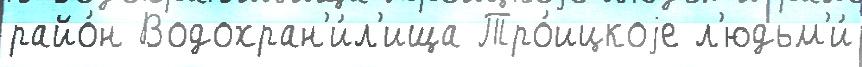
райо́н Водохран'и́л'ища Тро́ицкоjе л'юдьм'и́